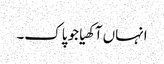
انہاں آکھیا جو پاک۔